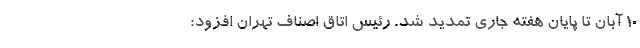
۱۰ آبان تا پایان هفته جاری تمدید شد. رئیس اتاق اصناف تهران افزود: